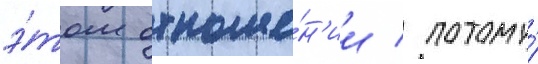
э́том отноше́н'ии / потому́